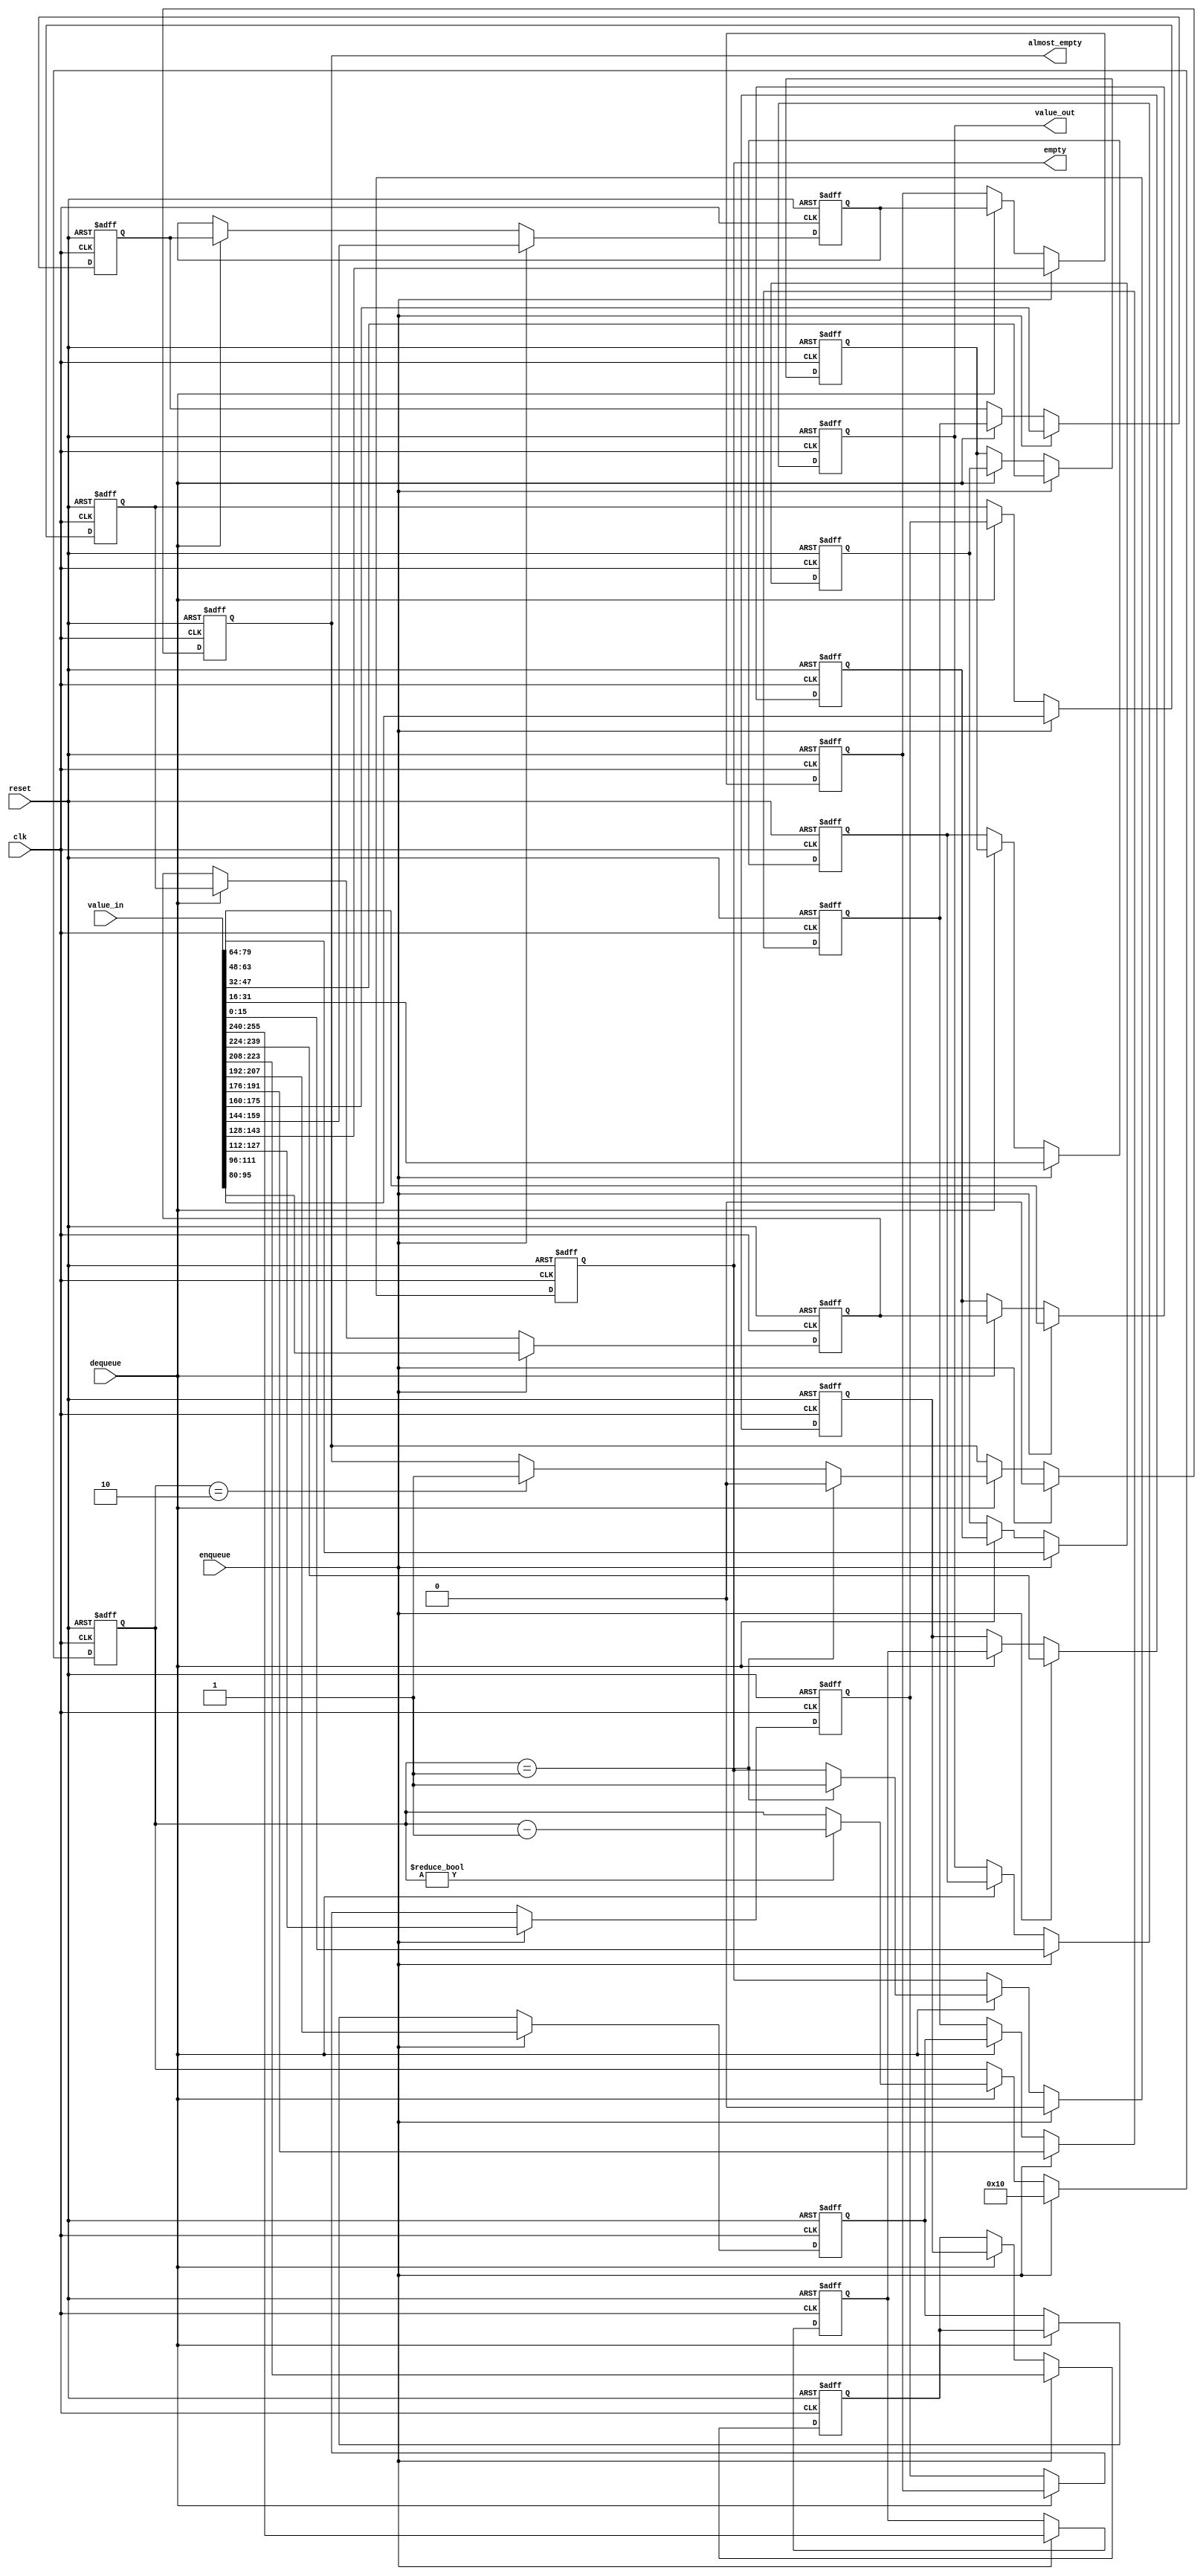
// 
// Copyright 2013 Jeff Bush
// 
// Licensed under the Apache License, Version 2.0 (the "License");
// you may not use this file except in compliance with the License.
// You may obtain a copy of the License at
// 
//     http://www.apache.org/licenses/LICENSE-2.0
// 
// Unless required by applicable law or agreed to in writing, software
// distributed under the License is distributed on an "AS IS" BASIS,
// WITHOUT WARRANTIES OR CONDITIONS OF ANY KIND, either express or implied.
// See the License for the specific language governing permissions and
// limitations under the License.
// 


//
// The pixel FIFO receives all values in parallel and shifts them out one at a time.
// 

module pixel_fifo
	#(parameter NUM_PIXELS = 16,
	parameter PIXEL_WIDTH = 16,
	parameter VALUE_IN_WIDTH = NUM_PIXELS * PIXEL_WIDTH)

	(input clk,
	input reset,
	output reg almost_empty,
	output reg empty,
	input enqueue,
	input[VALUE_IN_WIDTH - 1:0] value_in,
	input dequeue,
	output[PIXEL_WIDTH - 1:0] value_out);

	localparam COUNT_WIDTH = $clog2(NUM_PIXELS) + 1;

	reg[PIXEL_WIDTH - 1:0] data[0:NUM_PIXELS - 1];
	reg[COUNT_WIDTH - 1:0] element_count;
	assign value_out = data[0];
	integer i;
	
	initial
	begin
		empty = 1;
		almost_empty = 1;
		element_count = 0;
		for (i = 0; i < NUM_PIXELS; i = i + 1)
			data[i] = 0;
	end
	
	always @(posedge clk, posedge reset)
	begin
		if (reset)
		begin
			element_count <= 0;
			almost_empty <= 0;
			empty <= 1;
			for (i = 0; i < NUM_PIXELS; i = i + 1)
				data[i] = 0;
		end
		else if (enqueue)
		begin
			element_count <= NUM_PIXELS;
			almost_empty <= 0;
			empty <= 0;
			for (i = 0; i < NUM_PIXELS; i = i + 1)
				data[i] <= value_in >> (i * PIXEL_WIDTH);
		end
		else if (dequeue)
		begin
			if (element_count == 1)
			begin
				empty <= 1;
				almost_empty <= 0;
			end
			else if (element_count == 2)
				almost_empty <= 1;
			
			if (element_count != 0)
				element_count <= element_count - 1;

			for (i = 0; i < NUM_PIXELS - 1; i = i + 1)
				data[i] <= data[i + 1];
		end
	end
endmodule